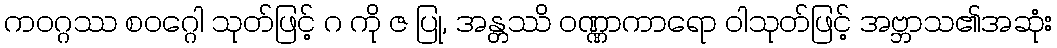
ကဝဂ္ဂဿ စဝဂ္ဂေါ သုတ်ဖြင့် ဂ ကို ဇ ပြု, အန္တဿိ ဝဏ္ဏာကာရော ဝါသုတ်ဖြင့် အဗ္ဘာသ၏အဆုံး